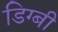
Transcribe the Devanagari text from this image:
डिग्‍बी